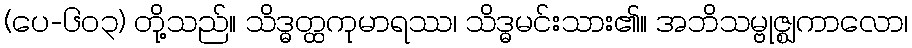
(ပေ-၆၀၃) တို့သည်။ သိဒ္ဓတ္ထကုမာရဿ၊ သိဒ္ဓမင်းသား၏။ အဘိသမ္ဗုဇ္ဈကာလော၊